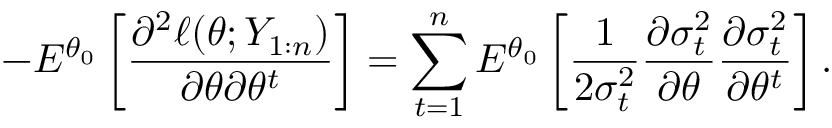
- E ^ { \theta _ { 0 } } \left[ \frac { \partial ^ { 2 } \ell ( \theta ; Y _ { 1 : n } ) } { \partial \theta \partial \theta ^ { t } } \right] = \sum _ { t = 1 } ^ { n } E ^ { \theta _ { 0 } } \left[ \frac { 1 } { 2 \sigma _ { t } ^ { 2 } } \frac { \partial \sigma _ { t } ^ { 2 } } { \partial \theta } \frac { \partial \sigma _ { t } ^ { 2 } } { \partial \theta ^ { t } } \right] .